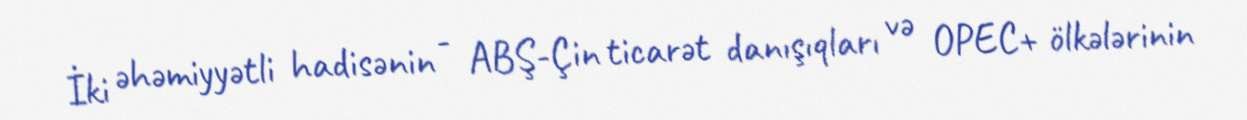
İki əhəmiyyətli hadisənin - ABŞ-Çin ticarət danışıqları və OPEC+ ölkələrinin